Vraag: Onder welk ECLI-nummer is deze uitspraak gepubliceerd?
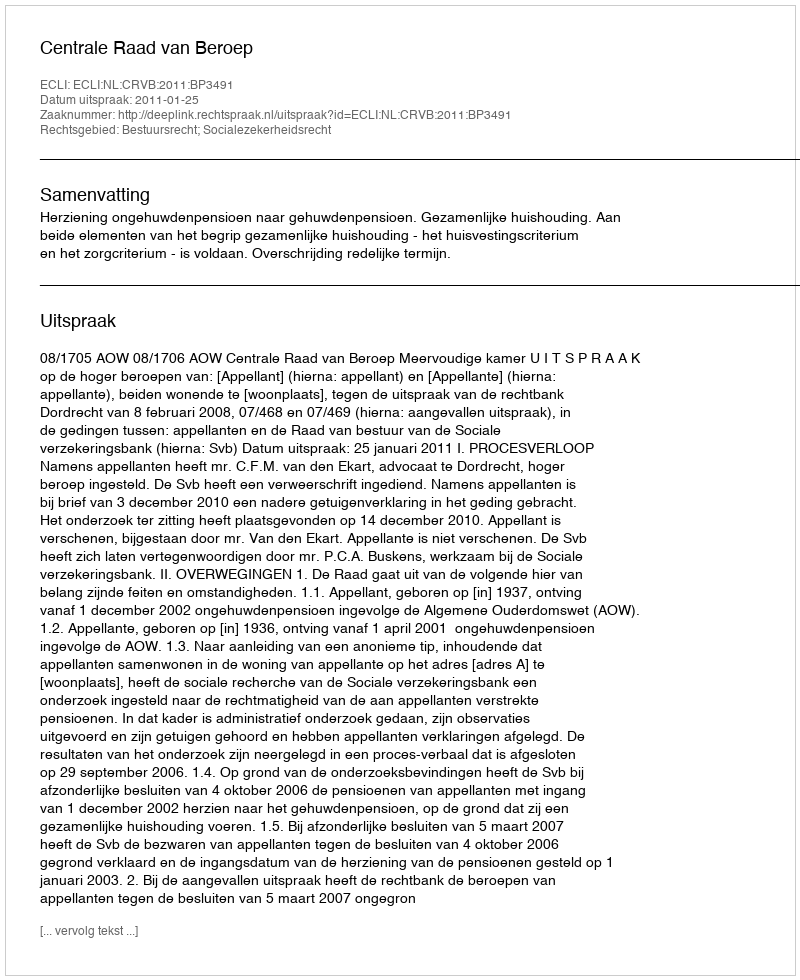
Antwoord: ECLI:NL:CRVB:2011:BP3491